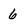
Character: 6